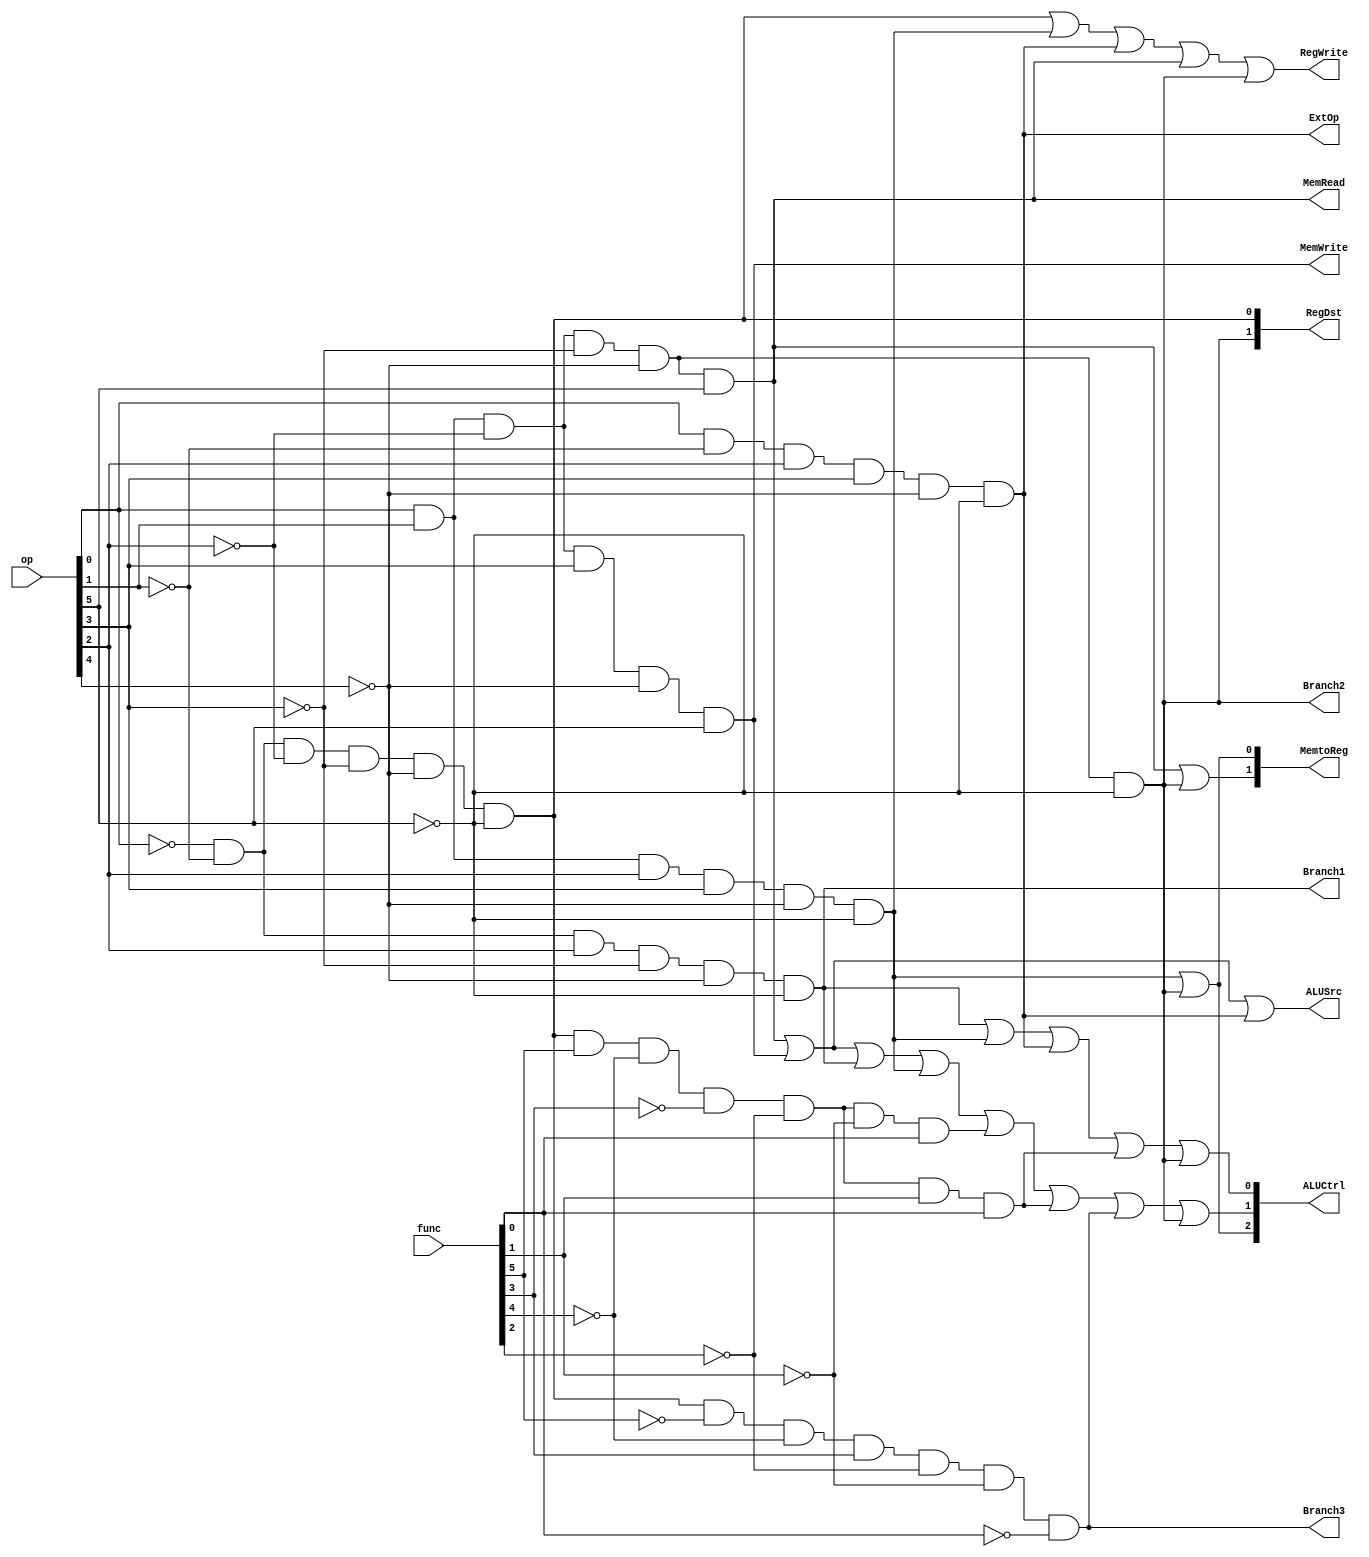
`timescale 1ns / 1ps
//////////////////////////////////////////////////////////////////////////////////
// Company: 
// Engineer: 
// 
// Design Name: 
// Module Name:    new_controller2 
// Project Name: 
// Target Devices: 
// Tool versions: 
// Description: 
//
// Dependencies: 
//
// Revision: 
// Revision 0.01 - File Created
// Additional Comments: 
//
//////////////////////////////////////////////////////////////////////////////////
module new_controller2(
	 input [5:0] op,
	 input [5:0] func,
    output [2:0] ALUCtrl,
    output [1:0] RegDst,
    output  ALUSrc,
    output  RegWrite,
    output  MemRead,
    output  MemWrite,
    output  [1:0] MemtoReg,
    output  ExtOp,
    output  Branch1,
    output  Branch2,
	 output  Branch3
    );
	wire r,lw,sw,beq,lui,ori,jal,jr,addu,subu;
	assign r = !op[0]&&!op[1]&&!op[2]&&!op[3]&&!op[4]&&!op[5];
	assign lw = op[0]&&op[1]&&!op[2]&&!op[3]&&!op[4]&&op[5];
	assign sw = op[0]&&op[1]&&!op[2]&&op[3]&&!op[4]&&op[5];
	assign beq = !op[0]&&!op[1]&&op[2]&&!op[3]&&!op[4]&&!op[5];
	assign lui = op[0]&&op[1]&&op[2]&&op[3]&&!op[4]&&!op[5];
	assign ori = op[0]&&!op[1]&&op[2]&&op[3]&&!op[4]&&!op[5];
	assign jal = op[0]&&op[1]&&!op[2]&&!op[3]&&!op[4]&&!op[5];
	assign addu = !op[0]&&!op[1]&&!op[2]&&!op[3]&&!op[4]&&!op[5]&&func[5]&&!func[4]&&!func[3]&&!func[2]&&!func[1]&&func[0];
	assign subu = !op[0]&&!op[1]&&!op[2]&&!op[3]&&!op[4]&&!op[5]&&func[5]&&!func[4]&&!func[3]&&!func[2]&&func[1]&&func[0];
	assign jr = !op[0]&&!op[1]&&!op[2]&&!op[3]&&!op[4]&&!op[5]&&!func[5]&&!func[4]&&func[3]&&!func[2]&&!func[1]&&!func[0];
	
	assign RegDst[1] = jal;
	assign RegDst[0] = r;
	assign ALUSrc = lw||sw||ori;
	assign RegWrite = r||lui||ori||lw||jal;
	assign MemRead = lw;
	assign MemWrite = sw;
	assign MemtoReg[1] = lw||jal;
	assign MemtoReg[0] = lui||jal;
	assign ExtOp = ori;
	assign Branch1 = beq;
	assign Branch2 = jal;
	assign Branch3 = jr;
	assign ALUCtrl[2] = jal||lui;
	assign ALUCtrl[1] = lw||sw||beq||lui||addu||subu||jr||jal;
	assign ALUCtrl[0] = beq||lui||ori||subu||jal;

endmodule